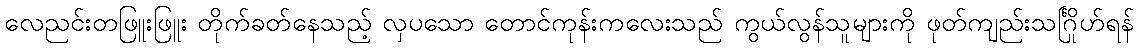
လေညင်းတဖြူးဖြူး တိုက်ခတ်နေသည့် လှပသော တောင်ကုန်းကလေးသည် ကွယ်လွန်သူများကို ဖုတ်ကျည်းသင်္ဂြိုဟ်ရန်